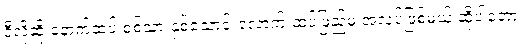
ဒီလိုဆို နောက်ထပ် စစ်သားနှစ်သောင်းလောက် ထပ်ဖြည့်မှ အလုပ်ဖြစ်မယ် ဆိုပါတော့၊